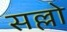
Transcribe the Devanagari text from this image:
सल्लो